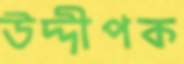
উদ্দীপক